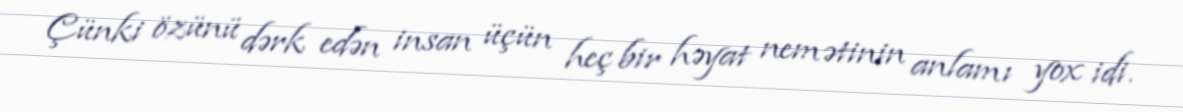
Çünki özünü dərk edən insan üçün heç bir həyat nemətinin anlamı yox idi.